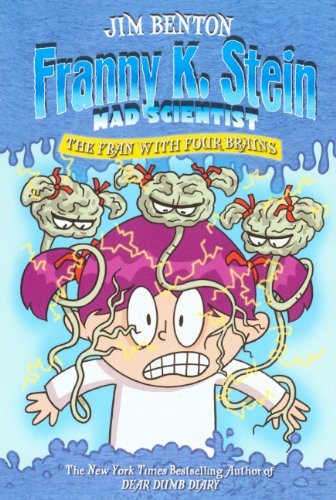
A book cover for The Fran With Four Brains (Turtleback School & Library Binding Edition) (Franny K. Stein, Mad Scientist); Jim Benton; Humor & Entertainment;